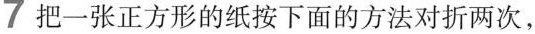
7把一张正方形的纸按下面的方法对折两次，